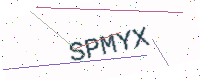
Text: SPMYX